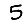
Digit: 5